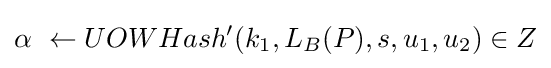
\alpha \ \leftarrow UOWHash^{\prime }(k_{1},L_{B}(P),s,u_{1},u_{2})\in Z